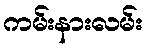
ကမ်းနားလမ်း